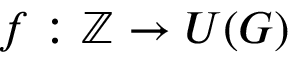
f : \mathbb { Z } \to U ( G )